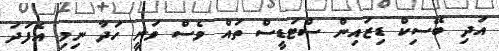
އަދި ބޭސިކް ޑިޒައިން ސްޓަޑީސް ތައް ވެސް ވަނީ ހަދާ ނިމި އެފަދަ